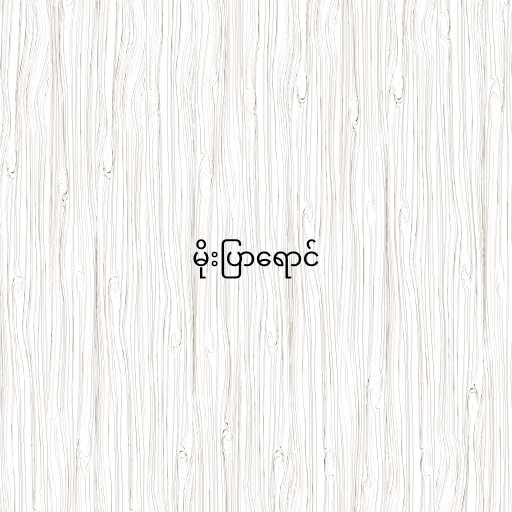
မိုးပြာရောင်